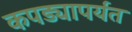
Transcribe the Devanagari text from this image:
कपड्यापर्यंत